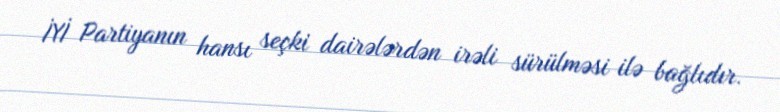
İYİ Partiyanın hansı seçki dairələrdən irəli sürülməsi ilə bağlıdır.